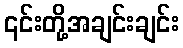
၎င်းတို့အချင်းချင်း